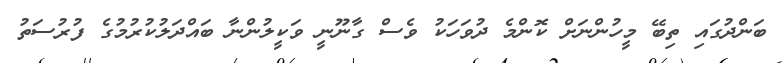
ބަންދުގައި ތިބޭ މީހުންނަށް ކޮންމެ ދުވަހަކު ވެސް ގާނޫނީ ވަކީލުންނާ ބައްދަލުކުރުމުގެ ފުރުސަތު